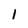
Character: i